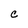
Character: C